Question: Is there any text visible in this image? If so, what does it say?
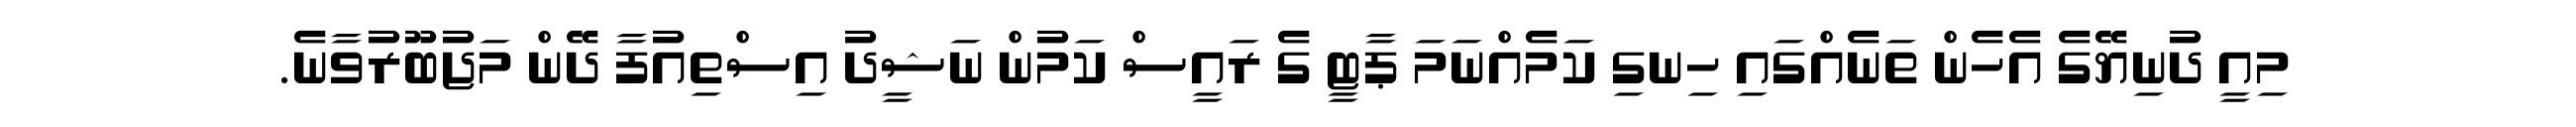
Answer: މިއީ ދުނިޔޭގެ އެހެން ތަނެއްގައި ހިނގި ކަމެއްނަމަ ޕާޓީ ގެ ރައީސް ކަމުން ނަޝީދު އިސްތިއުފާ ދޭން މަޖުބޫރުވާނެ.